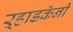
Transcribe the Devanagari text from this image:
ऱ्हाडकॅनी